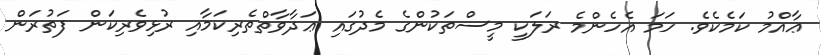
ޢާއްމު ކަމެކެވެ. ހަމަ އެހެންމެ ރަލަކީ މީސްތަކުންގެ މެދުގައި ޢަދާވާތްތެރިކަމާއި ރުޅިވެރިކަން ފަތުރަން